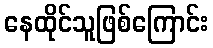
နေထိုင်သူဖြစ်ကြောင်း